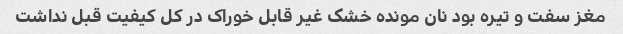
مغز سفت و تیره بود نان مونده خشک غیر قابل خوراک در کل کیفیت قبل نداشت